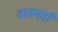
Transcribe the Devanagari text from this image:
बावनवाँ